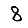
Digit: 8